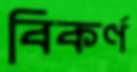
বিকর্ণ